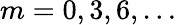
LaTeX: m=0,3,6,\dots